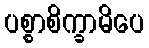
ပစ္စာစိက္ခာမိပေ